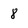
Character: 8